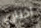
اختاري